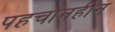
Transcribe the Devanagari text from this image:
पहचानहीन